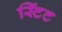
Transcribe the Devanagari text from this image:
स्टिंट